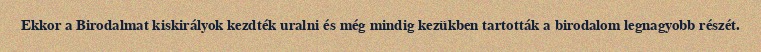
Ekkor a Birodalmat kiskirályok kezdték uralni és még mindig kezükben tartották a birodalom legnagyobb részét.